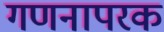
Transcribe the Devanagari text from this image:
गणनापरक